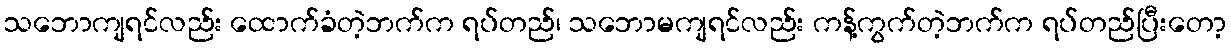
သဘောကျရင်လည်း ထောက်ခံတဲ့ဘက်က ရပ်တည်၊ သဘောမကျရင်လည်း ကန့်ကွက်တဲ့ဘက်က ရပ်တည်ပြီးတော့